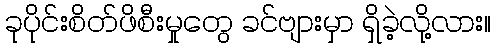
ခုပိုင်းစိတ်ဖိစီးမှုတွေ ခင်ဗျားမှာ ရှိခဲ့လို့လား။